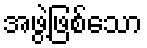
အဖွဲ့ဖြစ်သော